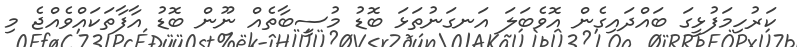
ކަރުހިމަފުޅީގަ ބައްދައިގެން އޮވެބަލަ އަނގަނުތަޅަ ބޮޑު މުސީބާތެއް ނޫން ބޮޑު އާފާތަކައްވެއްޖެ މި